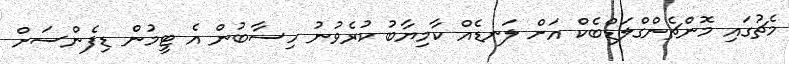
މެޗުގައި މޮންޗެންގްލަޑްބެކް އަށް ލަނޑެއް ކާމިޔާބު ކުރެވުނު ހިސާބުން އެ ޓީމުން ޑިފެންސަށް